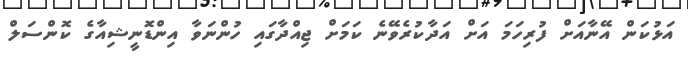
އަޅުކަން އޭނާއަށް ފުރިހަމަ އަށް އަދާކުރެވޭނެ ކަމަށް ޖިއްދާގައި ހުންނަވާ އިންޑޮނީޝިއާގެ ކޮންސަލް